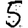
Digit: 5